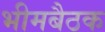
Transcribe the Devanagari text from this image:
भीमबैठक